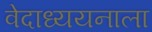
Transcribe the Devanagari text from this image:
वेदाध्ययनाला